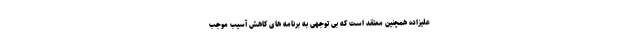
علیزاده همچنین معتقد است که بی توجهی به برنامه های کاهش آسیب موجب